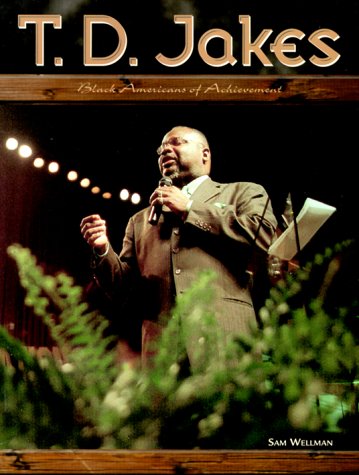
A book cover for T.D. Jakes (Black Americans of Achievement); Sam Wellman; Teen & Young Adult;